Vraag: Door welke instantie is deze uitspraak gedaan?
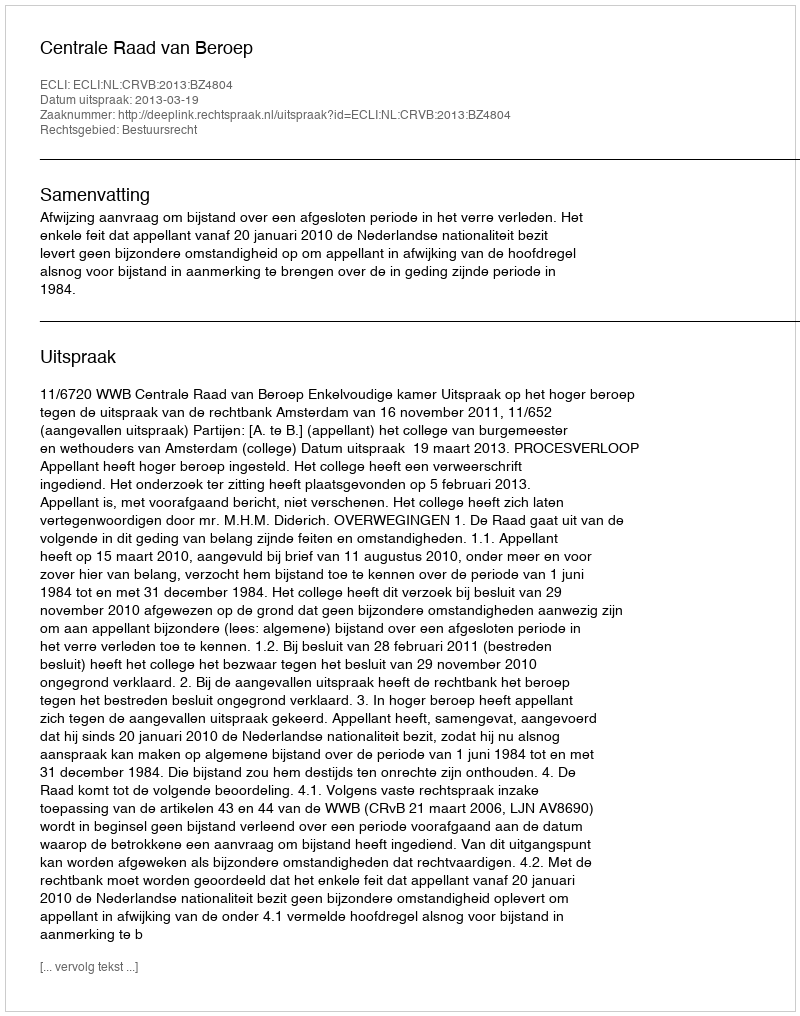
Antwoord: Centrale Raad van Beroep